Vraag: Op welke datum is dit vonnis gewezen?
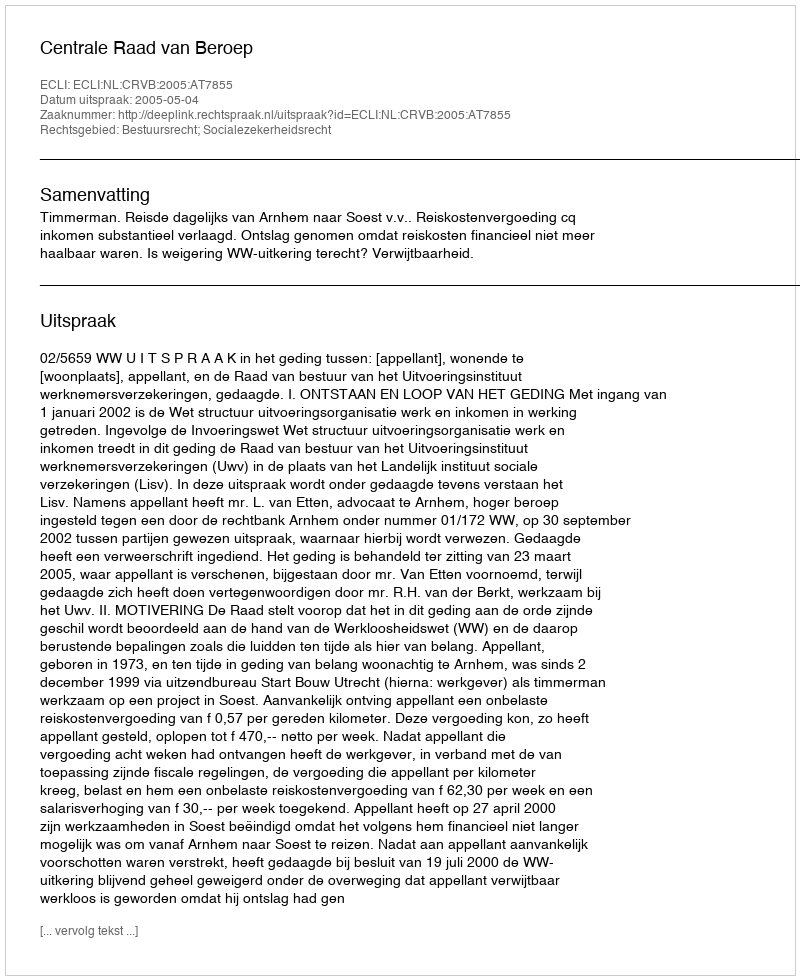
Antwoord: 2005-05-04